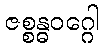
ဇစ္စန္ဓဝဂ္ဂေါ